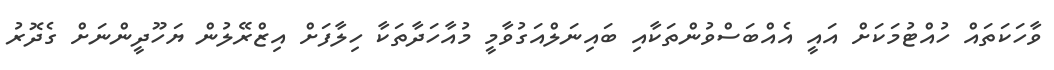
ވާހަކަތައް ހުއްޓުމަކަށް އައީ އެއްބަސްވުންތަކާއި ބައިނަލްއަގުވާމީ މުއާހަދާތަކާ ހިލާފަށް އިޒްރޭލުން ޔަހޫދީންނަށް ގެދޮރު